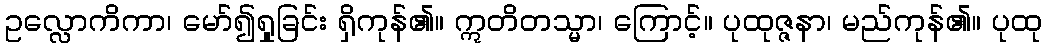
ဥလ္လောကိကာ၊ မော်၍ရှုခြင်း ရှိကုန်၏။ ဣတိတသ္မာ၊ ကြောင့်။ ပုထုဇ္ဇနာ၊ မည်ကုန်၏။ ပုထု